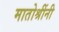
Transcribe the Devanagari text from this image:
मातोश्रींनी